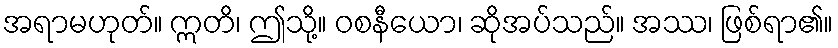
အရာမဟုတ်။ ဣတိ၊ ဤသို့။ ဝစနီယော၊ ဆိုအပ်သည်။ အဿ၊ ဖြစ်ရာ၏။